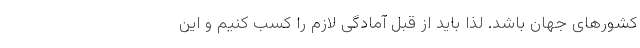
کشورهای جهان باشد. لذا باید از قبل آمادگی لازم را کسب کنیم و این